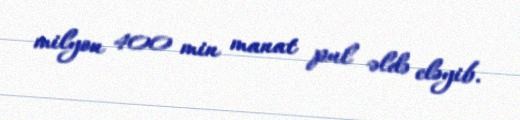
milyon 400 min manat pul əldə eləyib.